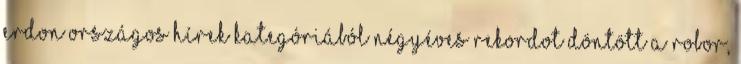
ERDON Országos hírek kategóriából Négyéves rekordot döntött a ROBOR,